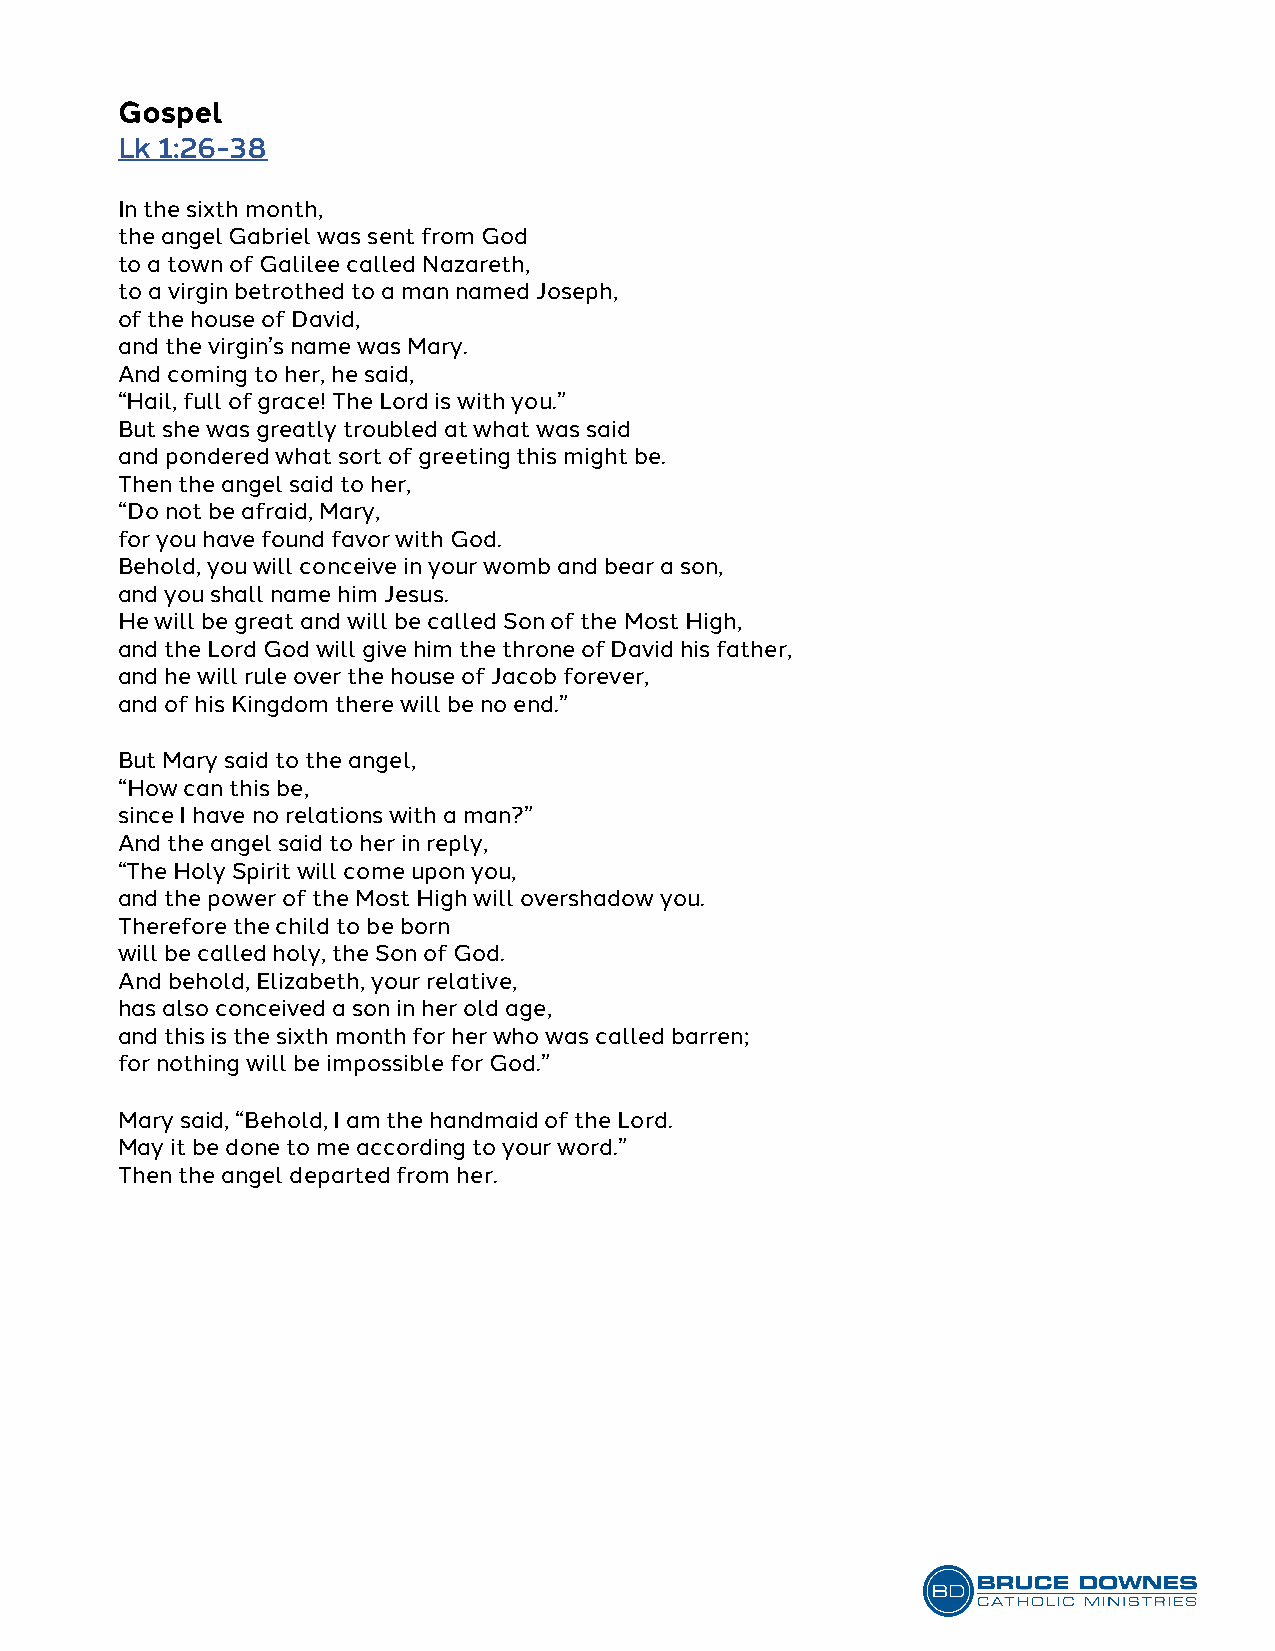
Gospel
 Lk 1:26-38
 In the sixth month,
 the angel Gabriel was sent from God
 to a town of Galilee called Nazareth,
 to a virgin betrothed to a man named Joseph,
 of the house of David,
 and the virgin’s name was Mary.
 And coming to her, he said,
 “Hail, full of grace! The Lord is with you.”
 But she was greatly troubled at what was said
 and pondered what sort of greeting this might be.
 Then the angel said to her,
 “Do not be afraid, Mary,
 for you have found favor with God.
 Behold, you will conceive in your womb and bear a son,
 and you shall name him Jesus.
 He will be great and will be called Son of the Most High,
 and the Lord God will give him the throne of David his father,
 and he will rule over the house of Jacob forever,
 and of his Kingdom there will be no end.”
 But Mary said to the angel,
 “How can this be,
 since I have no relations with a man?”
 And the angel said to her in reply,
 “The Holy Spirit will come upon you,
 and the power of the Most High will overshadow you.
 Therefore the child to be born
 will be called holy, the Son of God.
 And behold, Elizabeth, your relative,
 has also conceived a son in her old age,
 and this is the sixth month for her who was called barren;
 for nothing will be impossible for God.”
 Mary said, “Behold, I am the handmaid of the Lord.
 May it be done to me according to your word.”
 Then the angel departed from her.